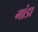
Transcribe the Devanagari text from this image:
गांडा